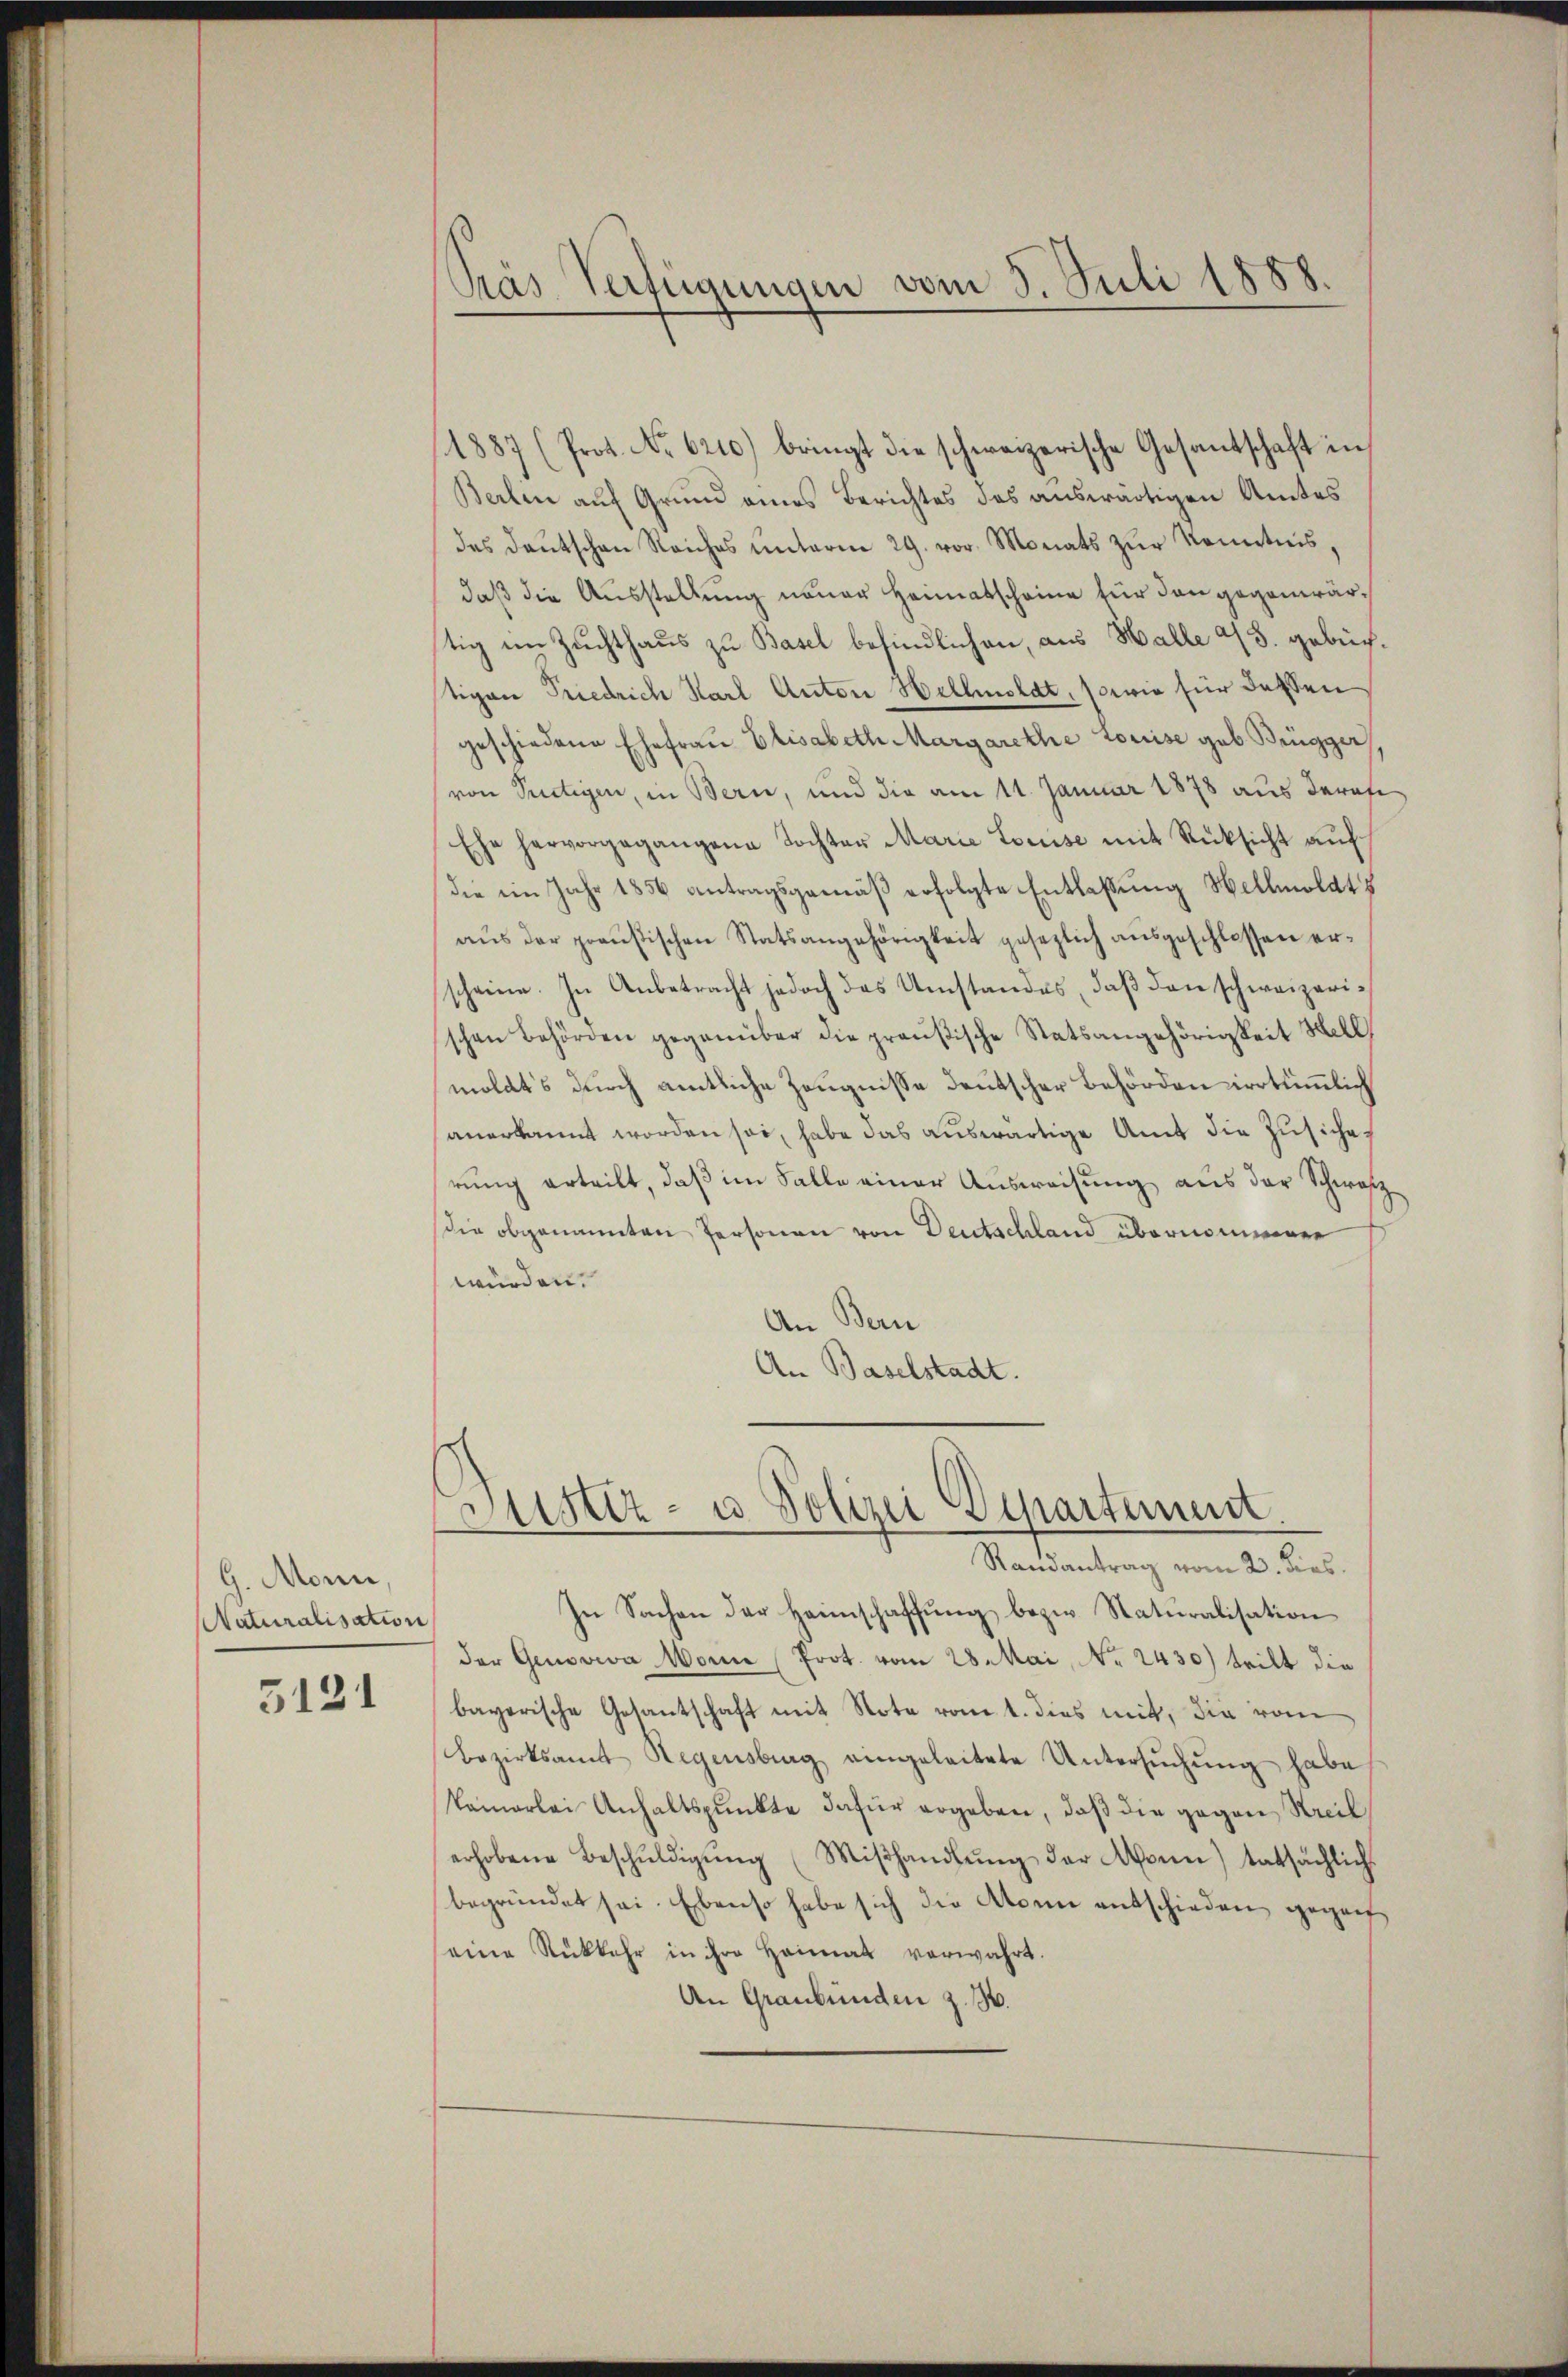
G. Monn,
Naturalisation

5121

Pras Verfügungen vom 5. Juli 1888.

1887 (Prot. No 6210) bringt die schweizerische Gesantschaft in
Berlin auf Grund eines Berichtes des auswärtigen Amtes
das deŭtschen Reiches unterm 29. vor. Monats zŭr Kenntnis,
daß die Ausstellung neuer Heimatscheine für den gegenwärtig im Zuchthaus zu Basel befindlichen, aus Halle 43. gebüchtigen Friedrich Karl Anton Hellenslat, sowie für dassengeschiedene Ehefraŭ Elisabeth Margarethe Louise geb. Brügger
von Pertigen, in Bern, und die am 11. Januar 1878 aus deres
Ehe hervorgegangene Tochter Marie Louise mit Rücksicht auf
die im Jahr 1856 antragsgemäß erfolgte Entlaßung Hellmoldts
aus der preußischen Statsangehörigkeit gesezlich ausgeschlossen erscheine. In Anbetracht jedoch das Umstandes, daß den schweizerischen Behörden gegenüber die preußische Statsangehörigkeit Hell
molats durch amtliche Zeugnisse deutscher Behörden irrtümlich
anerkannt worden sei, habe das auswärtige Amt die Zusiche
rung erteilt, daß im Falle einer Ausweisung aus der Schwarz
die obgenannten Personen von Deutschland übernommener
würden.
An Bern
An Baselstadt.

Justiz- u Polizei Departement.
Randantrag vom 23. dies

In Sachen der Heimschaffung bezw. Naturalisation
der Genoveva Wonne Prot. vom 28. Mai, No. 2430) tritt die
bayerische Gesantschaft mit Note vonet. dies mit, die vom
Bezirksamt Regensberg eingeleitete Untersŭchŭng habe,
Vamerlei Anhaltspunkte dafür ergeben, daß die gegen Streib
erhobene Beschŭldigŭng (Miβhandlŭng der Mann) tatsächlich
begründet sei. Ebenso habe sich die Abonne entschieden gegeneine Rückkehr in ihre Heimat verwahrt.
An Graubünden z. B.